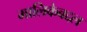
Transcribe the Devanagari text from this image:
मालिकेबद्दल